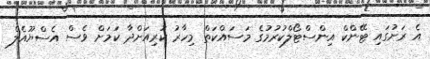
އެ ރަށުގައި ޓޭންކް އިންސްޓޯލްކުރުމުގެ މަސައްކަތް މިހާރު ކުރިއަށްދާ ކަމަށް ވެސް އެސްޔޫއެލް